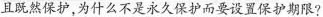
且既然保护，为什么不是永久保护而要设置保护期限?